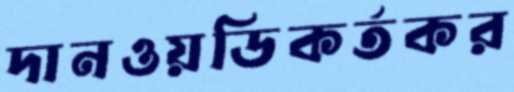
দানওয়ডিকর্তকর